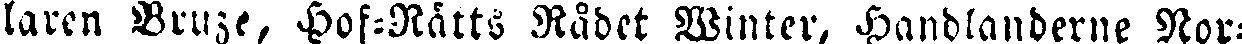
låren Bruze, Hof-Rätts Rådet Winter, Handlanderne Nor-